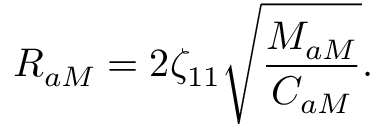
R _ { a M } = 2 \zeta _ { 1 1 } \sqrt { \frac { M _ { a M } } { C _ { a M } } } .